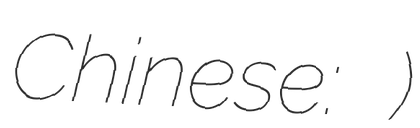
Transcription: Chinese: 中国地质科学院)